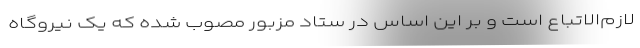
لازم‌الاتباع است و بر این اساس در ستاد مزبور مصوب شده که یک نیروگاه